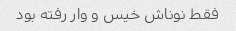
فقط نوناش خیس و وار رفته بود